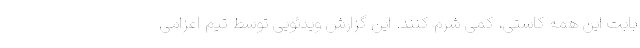
بابت این همه کاستی، کمی شرم کنند. این گزارش ویدئویی توسط تیم اعزامی